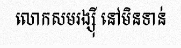
លោកសមរង្ស៊ី នៅមិនទាន់